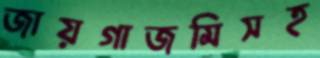
জায়গাজমিসহ